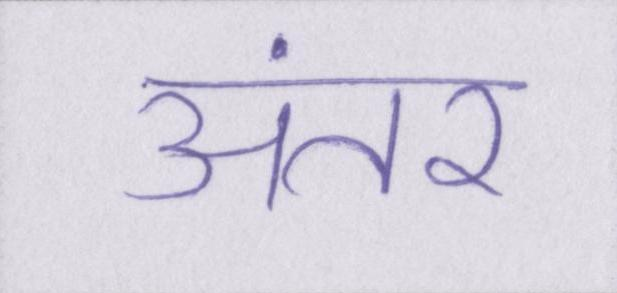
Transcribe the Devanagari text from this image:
अंतर